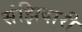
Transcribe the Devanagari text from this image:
संझिदारी